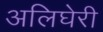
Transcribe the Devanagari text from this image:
अलिघेरी